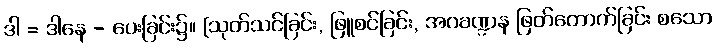
ဒါ = ဒါနေ - ပေးခြင်း၌။ [သုတ်သင်ခြင်း, ဖြူစင်ခြင်း, အဝခဏ္ဍန ဖြတ်တောက်ခြင်း စသော